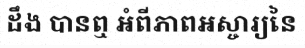
ដឹង បានឮ អំពីភាពអស្ចារ្យនៃ